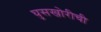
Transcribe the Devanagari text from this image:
घुसखोरीची